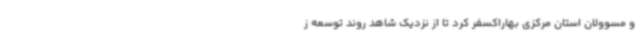
و مسوولان استان مرکزی بهاراکسفر کرد تا از نزدیک شاهد روند توسعه ز